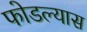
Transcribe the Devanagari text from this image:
फोडल्यास